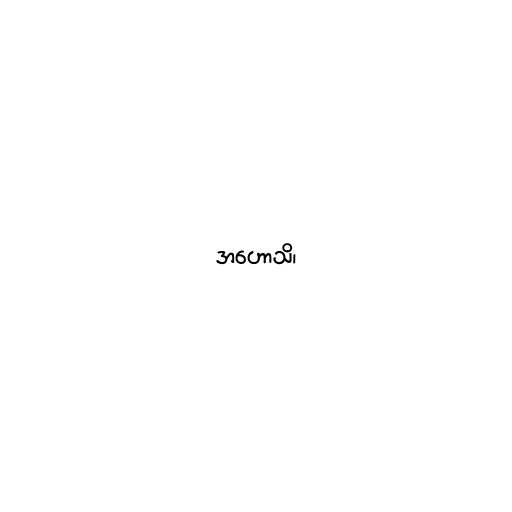
အဟောသိ၊